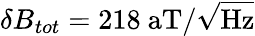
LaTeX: \delta B_{tot}=218~\mathrm{aT/\sqrt{Hz}}